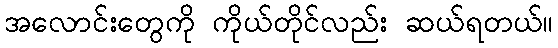
အလောင်းတွေကို ကိုယ်တိုင်လည်း ဆယ်ရတယ်။